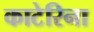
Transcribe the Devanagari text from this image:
काटेरिना